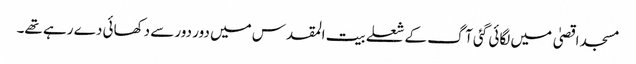
مسجد اقصیٰ میں لگائی گئی آگ کے شعلے بیت المقدس میں دور دور سے دکھائی دے رہے تھے۔